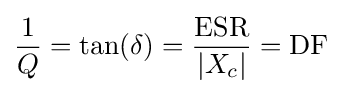
{\frac {1}{Q}}=\tan(\delta )={\frac {\text{ESR}}{\left|X_{c}\right|}}={\text{DF}}